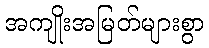
အကျိုးအမြတ်များစွာ